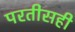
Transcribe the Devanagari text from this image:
परतीसही